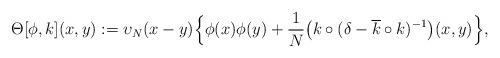
LaTeX: \begin{align*}\Theta[\phi, k](x,y) &:= \upsilon_N(x-y)\Big\{\phi(x)\phi(y) + \frac{1}{N}\big(k\circ (\delta - \overline{k}\circ k)^{-1}\big)(x,y)\Big\},\end{align*}